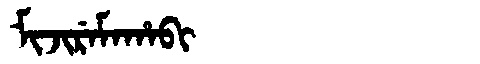
Manchu: ᠮᡳᠵᡳᡵᡝᠮᠠᡥᠠᠪᡳ
Romanization: MIJIREMAHABI